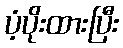
ပံ့ပိုးထားပြီး